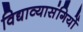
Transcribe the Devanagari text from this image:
विद्याव्यासंगियों